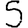
Digit: 5